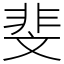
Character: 斐